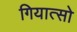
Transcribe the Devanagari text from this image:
गियात्सो